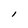
Character: l